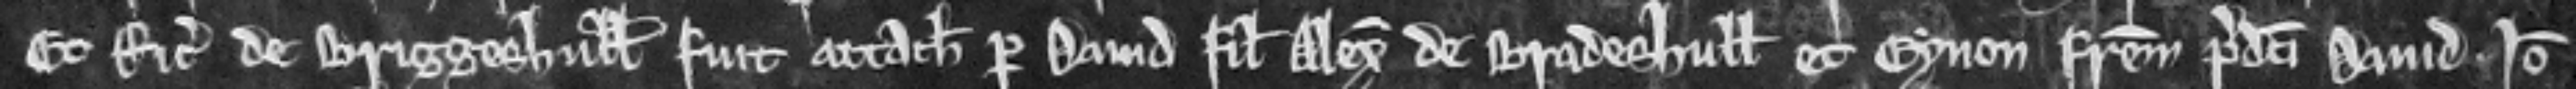
Et Ricardus de Briggeshull fuit attachiatus per David filium Alexandri de Bradeshull et Eynon fratrem predicti David. Ideo